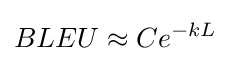
BLEU\approx Ce^{-kL}